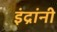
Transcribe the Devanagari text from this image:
इंद्रांनी